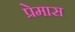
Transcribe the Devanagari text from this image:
प्रेमास